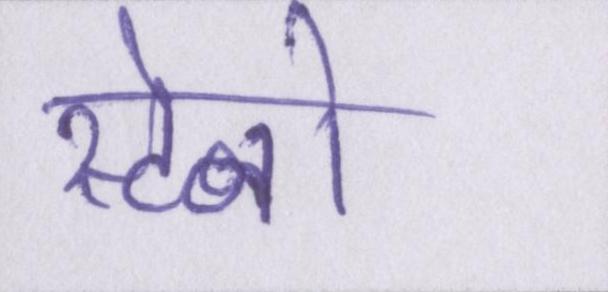
स्टेनो